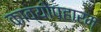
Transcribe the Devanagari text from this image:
काव्योपहारम्